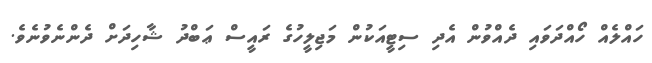
ހައްލެއް ހޯއްދަވައި ދެއްވުން އެދި ސިޓީއަކުން މަޖިލީހުގެ ރައީސް ޢަބްދު ޝާހިދަށް ދެންނެވުނެވެ.